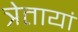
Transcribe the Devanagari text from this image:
त्रेतायां